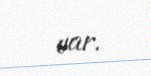
var.